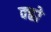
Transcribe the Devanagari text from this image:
क्ह्रो